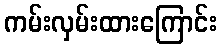
ကမ်းလှမ်းထားကြောင်း